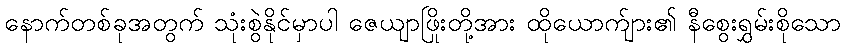
နောက်တစ်ခုအတွက် သုံးစွဲနိုင်မှာပါ ဇေယျာဖြိုးတို့အား ထိုယောက်ျား၏ နီစွေးရွှမ်းစိုသော